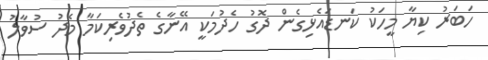
ހަބަރު ކިޔާ މީހަކު ކަނޑައެޅިގެން ދޮގު ހެދުމަކީ އޭނާގެ ތެދުވެރިކަމާ މެދު ސުވާލު